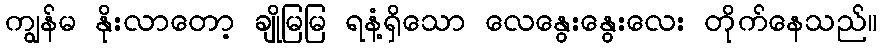
ကျွန်မ နိုးလာတော့ ချိုမြမြ ရနံ့ရှိသော လေနွေးနွေးလေး တိုက်နေသည်။